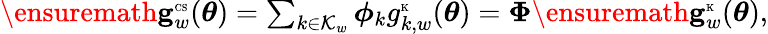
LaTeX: \begin{array}{r}{\ensuremath{\mathbf{g}}_{w}^{\mathrm{\tiny{CS}}}(\boldsymbol\theta)=\sum_{k\in{\cal K}_{w}}\boldsymbol\phi_{k}g_{k,w}^{\mathrm{\tiny{K}}}(\boldsymbol\theta)=\boldsymbol\Phi\ensuremath{\mathbf{g}}_{w}^{\mathrm{\tiny{K}}}(\boldsymbol\theta),}\end{array}